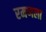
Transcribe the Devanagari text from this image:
रमणला